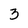
Character: 3